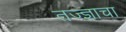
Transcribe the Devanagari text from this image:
तज्‍ज्ञाचा